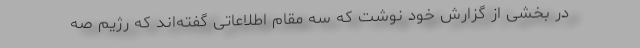
در بخشی از گزارش خود نوشت که سه مقام اطلاعاتی گفته‌اند که رژیم صه